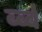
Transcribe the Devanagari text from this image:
र्ब्ब्ब